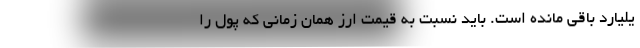
یلیارد باقی مانده است. باید نسبت به قیمت ارز همان زمانی که پول را